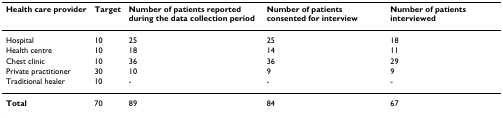
<table><thead><tr><td><b>Health care provider</b></td><td><b>Target</b></td><td><b>Number of patients reported during the data collection period</b></td><td><b>Number of patients consented for interview</b></td><td><b>Number of patients interviewed</b></td></tr></thead><tbody><tr><td>Hospital</td><td>10</td><td>25</td><td>25</td><td>18</td></tr><tr><td>Health centre</td><td>10</td><td>18</td><td>14</td><td>11</td></tr><tr><td>Chest clinic</td><td>10</td><td>36</td><td>36</td><td>29</td></tr><tr><td>Private practitioner</td><td>30</td><td>10</td><td>9</td><td>9</td></tr><tr><td>Traditional healer</td><td>10</td><td>-</td><td>-</td><td>-</td></tr><tr><td><b>Total</b></td><td>70</td><td>89</td><td>84</td><td>67</td></tr></tbody></table>